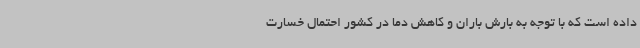
داده است که با توجه به بارش باران و کاهش دما در کشور احتمال خسارت